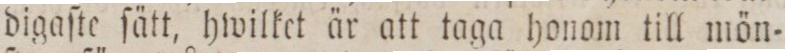
digaſte ſätt, hwilket är att taga honom till mön=